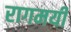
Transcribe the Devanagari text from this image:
रागमयी